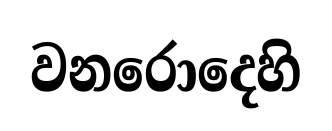
වනරොදෙහි